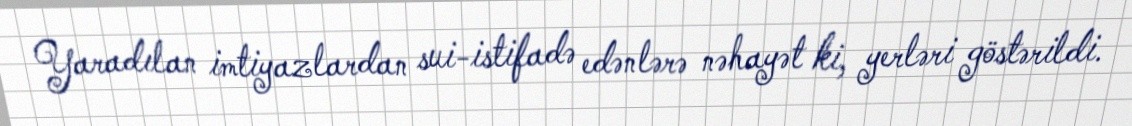
Yaradılan imtiyazlardan sui-istifadə edənlərə nəhayət ki, yerləri göstərildi.